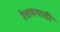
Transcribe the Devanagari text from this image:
रेशमगाठी